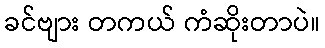
ခင်ဗျား တကယ် ကံဆိုးတာပဲ။